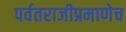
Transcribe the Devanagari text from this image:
पर्वतराजीप्रमाणेच